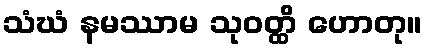
သံဃံ နမဿာမ သုဝတ္ထိ ဟောတု။